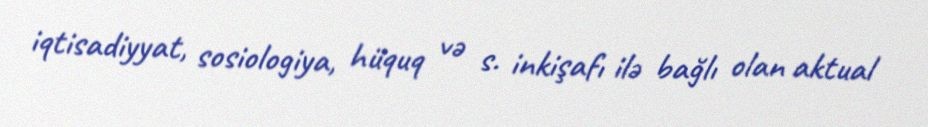
iqtisadiyyat, sosiologiya, hüquq və s. inkişafı ilə bağlı olan aktual